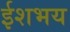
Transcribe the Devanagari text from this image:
ईशभय